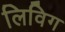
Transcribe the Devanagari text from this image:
लिविग